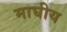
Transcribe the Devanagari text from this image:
माघीय